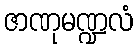
ဇာဏုမဏ္ဍလံ